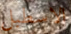
الاسطبل